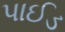
પાઈડ